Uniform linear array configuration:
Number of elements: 48
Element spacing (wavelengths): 0.25
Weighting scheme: hann
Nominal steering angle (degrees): -15
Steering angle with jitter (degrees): -13.673
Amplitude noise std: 0.05
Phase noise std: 0.05

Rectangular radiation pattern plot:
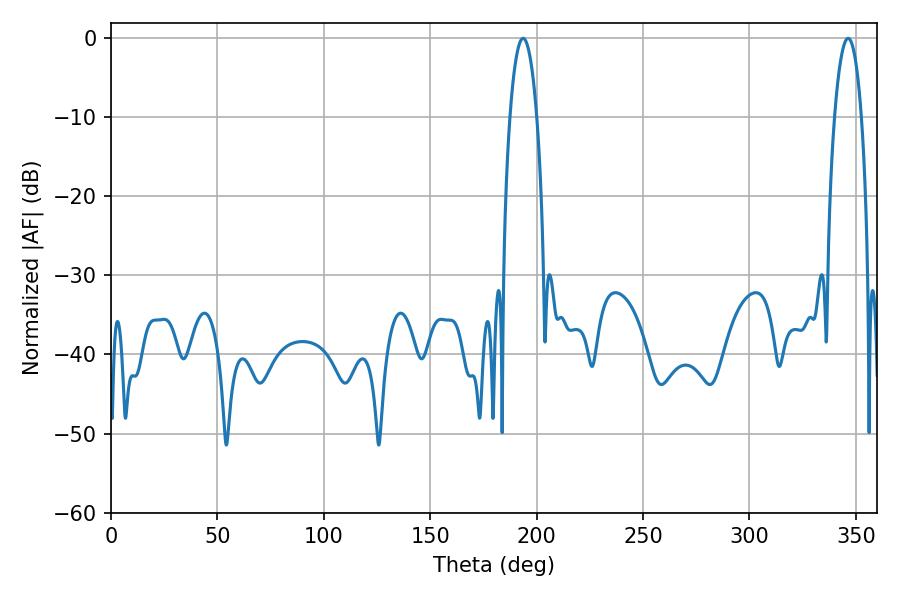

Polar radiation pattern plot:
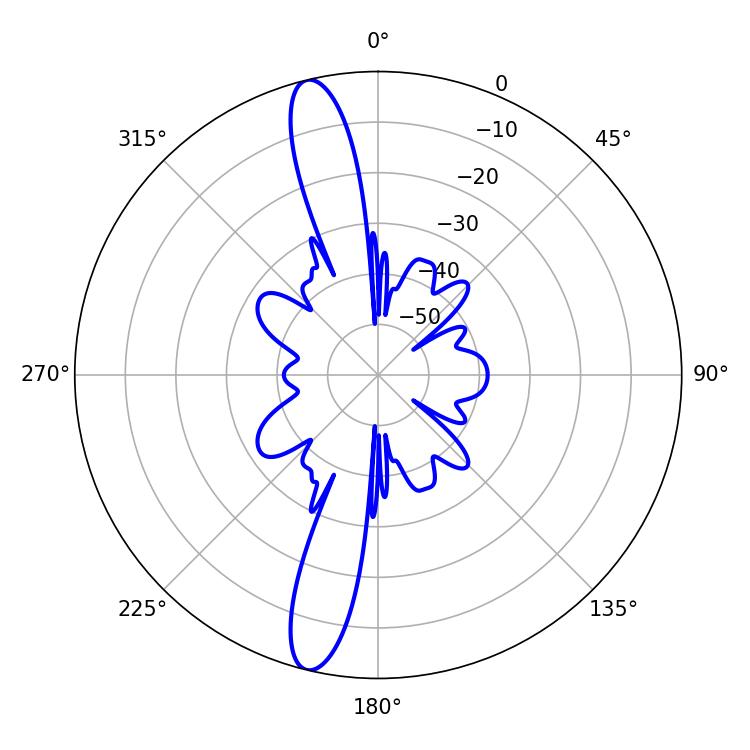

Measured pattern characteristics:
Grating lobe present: FALSE
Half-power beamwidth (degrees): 7.2
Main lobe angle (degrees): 346.32